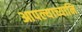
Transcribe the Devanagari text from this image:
आपल्याच्यानि